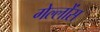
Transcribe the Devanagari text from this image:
गेल्लोंस